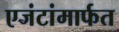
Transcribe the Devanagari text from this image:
एजंटांमार्फत